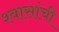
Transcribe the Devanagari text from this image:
श्वासांची